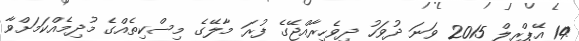
14 އޭޕްރިލް 2015 ވަނަ ދުުވަހު ދިވެހިރާއްޖޭގެ ފުރަ މާލޭގެ މިސްކިތެއްގެ މުދިމެއްކަމަށްވާ